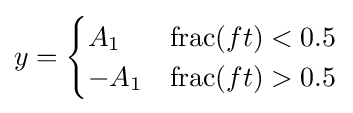
y={\begin{cases}A_{1}&\operatorname {frac} (ft)<0.5\\-A_{1}&\operatorname {frac} (ft)>0.5\end{cases}}